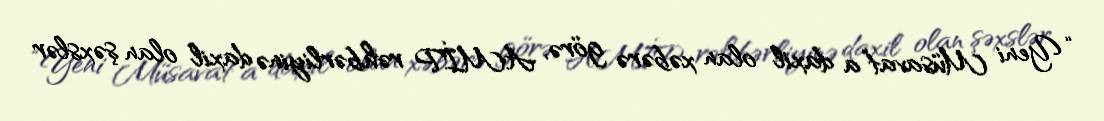
“Yeni Müsavat”a daxil olan xəbərə görə, AMİP rəhbərliyinə daxil olan şəxslər